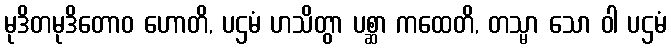
မုဒိတမုဒိတောဝ ဟောတိ, ပဌမံ ဟသိတွာ ပစ္ဆာ ကထေတိ, တသ္မာ သော ဝါ ပဌမံ